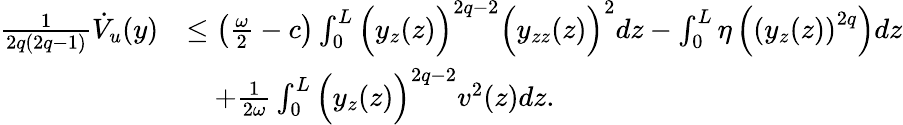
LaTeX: \begin{array}{rl}{\frac{1}{2q(2q-1)}\dot{V}_{u}(y)}&{\leq\left(\frac{\omega}{2}-c\right)\int_{0}^{L}\Big(y_{z}(z)\Big)^{2q-2}\Big(y_{zz}(z)\Big)^{2}dz-\int_{0}^{L}\eta\left(\left(y_{z}(z)\right)^{2q}\right)dz}\\ &{\quad+\frac{1}{2\omega}\int_{0}^{L}\Big(y_{z}(z)\Big)^{2q-2}v^{2}(z)dz.}\end{array}